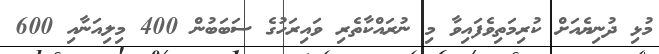
މުޅި ދުނިޔެއަށް ކުރިމަތިވެފައިވާ މި ނުރައްކާތެރި ވައިރަހުގެ ސަބަބުން 400 މިލިއަނާއި 600